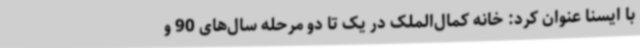
با ایسنا عنوان کرد: خانه کمال‌الملک در یک تا دو مرحله سال‌های 90 و